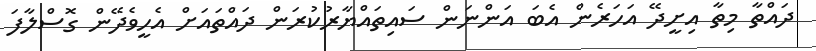
ދައްތާ މިތާ އިށީދޭ އަހަރެން އެބަ އަންނަން ސައިތައްޔާރުކުރަން ދައްތައަށް އެހީވެދޭން ގޮސްލާފަ